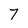
Character: 7